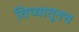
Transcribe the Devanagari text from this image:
तिच्यातूनच